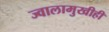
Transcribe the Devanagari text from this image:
ज्वालामुखीही